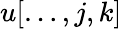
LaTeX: u[\ldots,j,k]